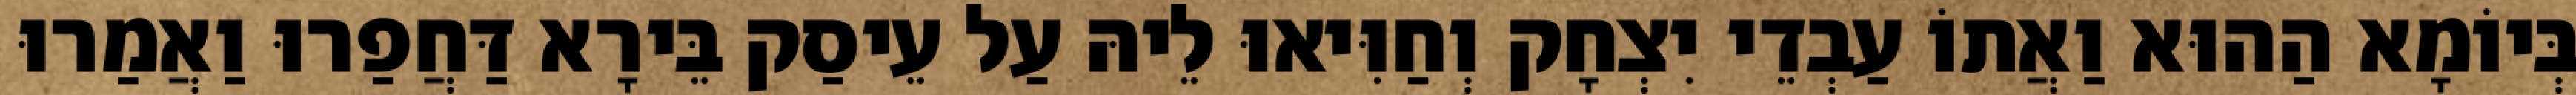
בְּיוֹמָא הַהוּא וַאֲתוֹ עַבְדֵי יִצְחָק וְחַוִּיאוּ לֵיהּ עַל עֵיסַק בֵּירָא דַּחֲפַרוּ וַאֲמַרוּ